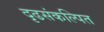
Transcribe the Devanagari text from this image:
दृढसंकल्पित